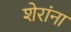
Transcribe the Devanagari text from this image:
शेरांना